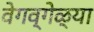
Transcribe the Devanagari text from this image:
वेगव्गेळ्या